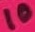
Text: 10